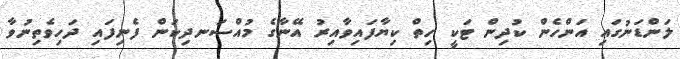
ލަންޑަނުގައި އަންހެން ކުދިން ޓަކީ ހިތް ކިޔާފައިވާއިރު އޭނާގެ މުއްސަނދިކަން ފެނިފައި ދަހިވެތިނުވާ